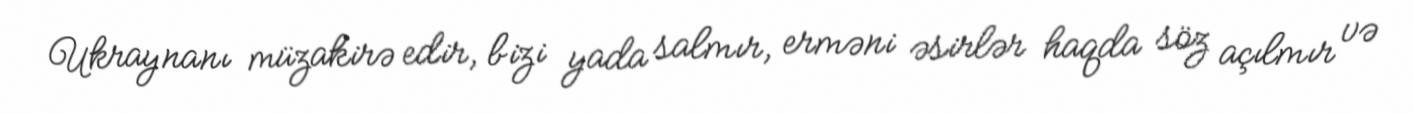
Ukraynanı müzakirə edir, bizi yada salmır, erməni əsirlər haqda söz açılmır və